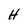
Character: H